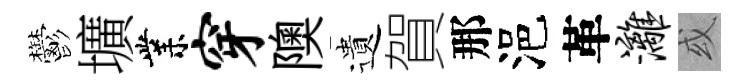
鬱壙業穿隩遺賀那浥革漓或